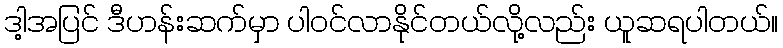
ဒါ့အပြင် ဒီဟန်းဆက်မှာ ပါဝင်လာနိုင်တယ်လို့လည်း ယူဆရပါတယ်။